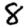
Digit: 8